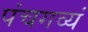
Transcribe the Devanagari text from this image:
पंचगव्यं